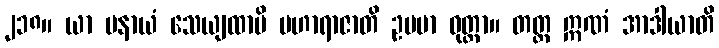
၂၁၈။ ယာ ပနာယံ သေယျထာပိ မဟာရာဇာတိ ဥပမာ ဝုတ္တာ။ တတ္ထ ဣဏံ အာဒါယာတိ